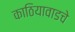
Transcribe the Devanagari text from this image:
काठियावाडचे